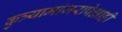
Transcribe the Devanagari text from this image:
कुत्र्यामांजरापेक्षाही